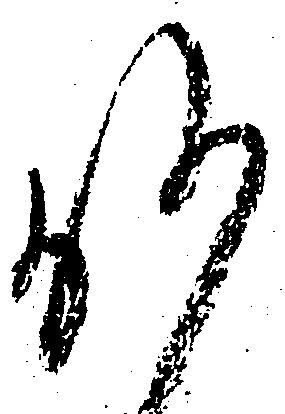
候